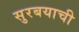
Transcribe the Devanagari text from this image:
सुरबयाची